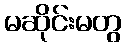
မဆိုင်းမတွ